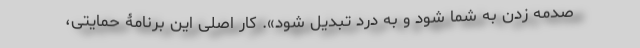
صدمه زدن به شما شود و به درد تبدیل شود». کار اصلیِ این برنامۀ حمایتی،